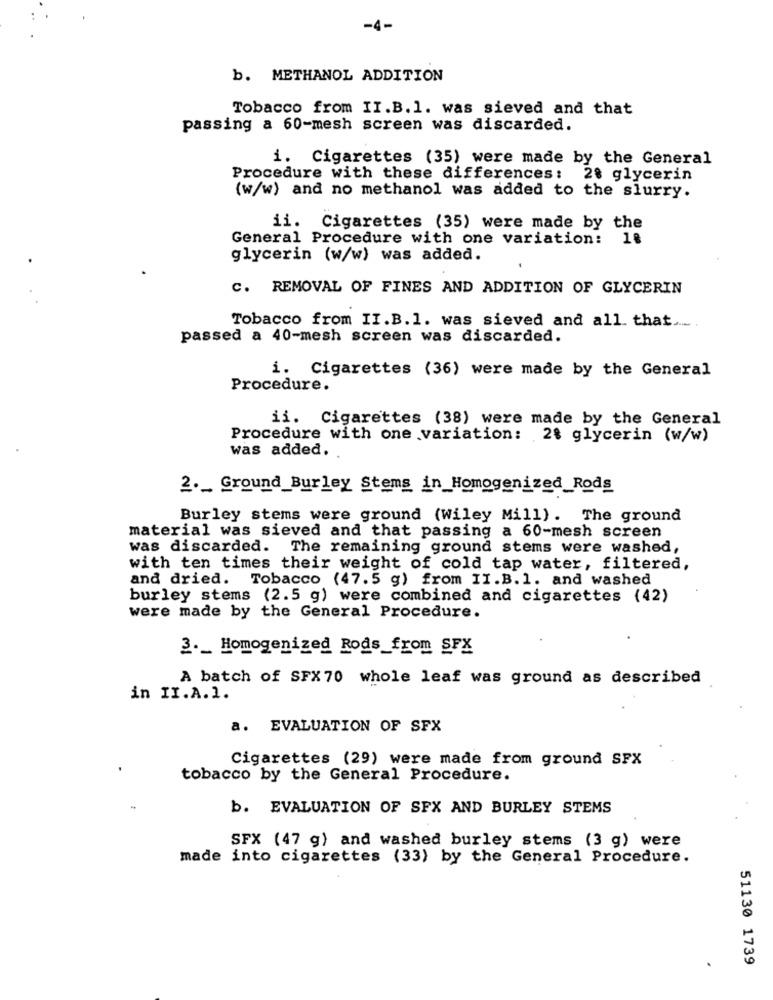
-4-
b. METHANOL ADDITION
Tobacco from II.B.1. was sieved and that
passing a 60-mesh screen was discarded.
i. Cigarettes (35) were made by the General
Procedure with these differences: 28 glycerin
(w/w) and no methanol was added to the slurry.
ii. Cigarettes (35) were made by the
General Procedure with one variation: 18
glycerin (w/w) was added.
C. REMOVAL OF FINES AND ADDITION OF GLYCERIN
Tobacco from II.B.l. was sieved and all that ._
passed a 40-mesh screen was discarded.
i. Cigarettes (36) were made by the General
Procedure.
ii. Cigarettes (38) were made by the General
Procedure with one variation: 28 glycerin (w/w)
was added.
2 ._ Ground_Burley Stems in_Homogenized_Rods
Burley stems were ground (Wiley Mill). The ground
material was sieved and that passing a 60-mesh screen
was discarded. The remaining ground stems were washed,
with ten times their weight of cold tap water, filtered,
and dried. Tobacco (47.5 g) from II.B. 1. and washed
burley stems (2.5 g) were combined and cigarettes (42)
were made by the General Procedure.
3 ._ Homogenized Rods_from SFX
A batch of SFX70 whole leaf was ground as described
in II.A.1.
a. EVALUATION OF SFX
Cigarettes (29) were made from ground SFX
tobacco by the General Procedure.
b. EVALUATION OF SEX AND BURLEY STEMS
SFX (47 g) and washed burley stems (3 g) were
made into cigarettes (33) by the General Procedure.
51130 1739